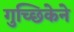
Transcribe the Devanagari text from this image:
गुच्छिकेने